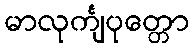
မာလုင်္ကျပုတ္တော